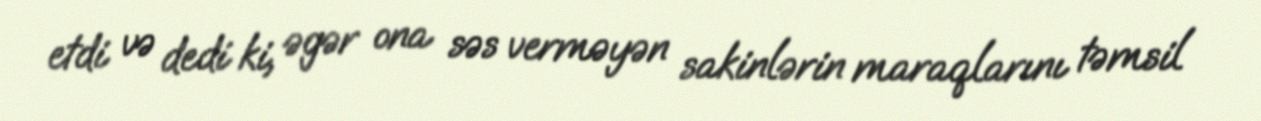
etdi və dedi ki, əgər ona səs verməyən sakinlərin maraqlarını təmsil